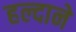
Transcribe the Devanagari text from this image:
हल्दाने